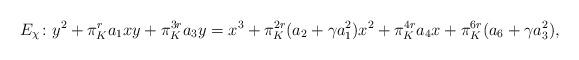
LaTeX: \begin{align*}E_\chi\colon y^2 + \pi_K^r a_1xy + \pi_K^{3r} a_3 y = x^3 + \pi_K^{2r}(a_2 +\gamma a_1^2)x^2 +\pi_K^{4r} a_4x + \pi_K^{6r} (a_6 +\gamma a_3^2),\end{align*}